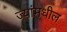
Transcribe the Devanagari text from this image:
ज्यांमधील